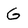
Character: G